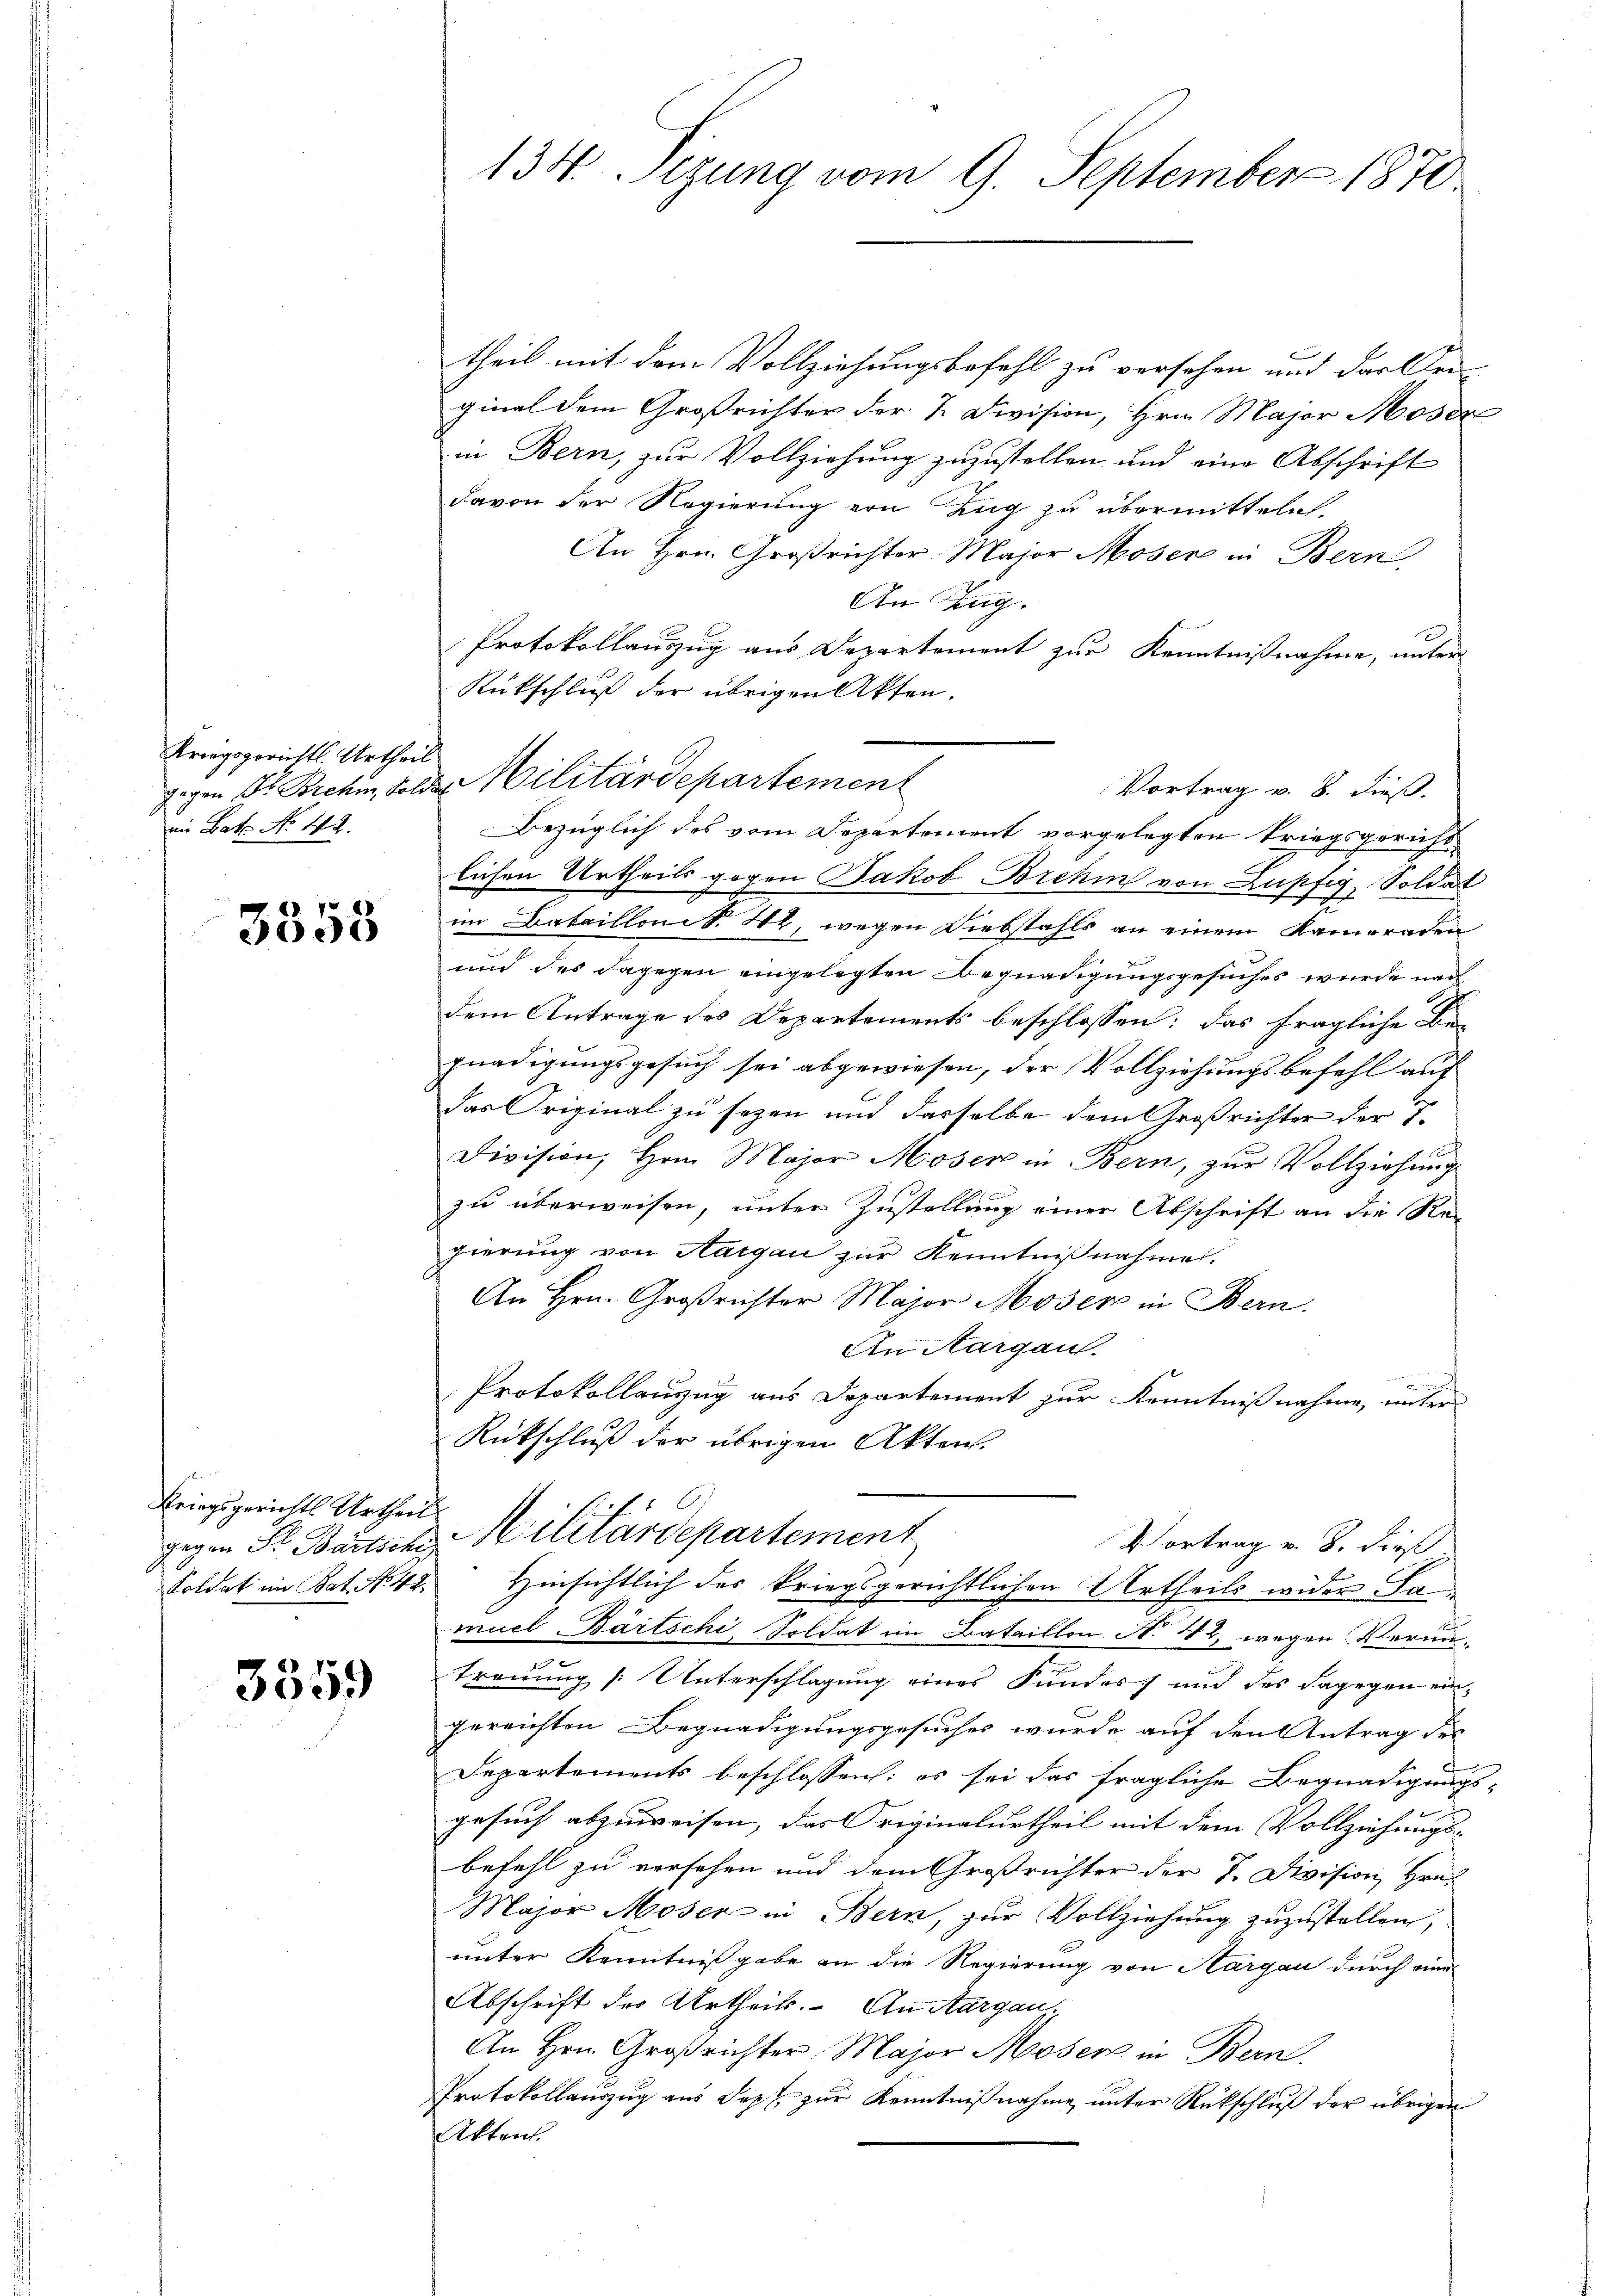
Kriegsgerichts Urtheil
gegen Dr. Brehm, Solde
die Bat. No 442.

3358

Kriegsgerichts Urtheil
Soldat im Sat. No. 49

3359

134. Sizung vom 9. September 1870

theil mit dem Vollziehungsbefehl zu versehen und das Sei-
ginal dem Großrichter der 2. Division, Hrn. Major Moser
in Bern, zur Vollziehung zuzustellen und eine Abschrift
davon der Regierung von Zug zu übermitteln.
An Hrn. Großrichter. Major Moser in Bern,
An Zug.
Protokollauszug aus Departement zur Kenntnißnahme, unter-
Rückschluß der übrigen Akten.
Vortrag v. 8. dieß.
Bezüglich des vom Departement vorgelegten Kriegsgericht
lichen Urtheils gegen Jakob Brehin von Lupfig, Soldat
im Batailloni S. 42, wegen Diebstahls an einem Kameraden
und des dagegen eingelegten Begnadigungsgesuches wurde nach
dem Antrage des Departements beschlossen: das fragliche Be-
gnadigungsgesuch sei abgewiesen, der Vollziehungsbefehl auf
das Original zu sezen und dasselbe dem Großrichter der 1.
Division, Hrn. Major Moser in Bern, zur Vollziehung
zu überweisen, unter Zustellung einer Abschrift an die Rei
gierung von Aargau zur Kenntnißnahme.
An Hrn. Großrichter Major Moser in Bern.
An Aargau.
Protokollauzug aus Departement zur Kenntnißnahme, unter
Rückschluß der übrigen Akten.
gegen Fr. Bartsche Militärdepartement
Vortrag v. 8. dieß
Hinsichtlich des kriegsgerichtlichen Urtheils wider Lan
muel Bartschi, Soldat im Bataillon N. 42, wegen Vermu¬
Trennung (: Unterschlagung eines Fundes und des dagegen eingereichten Begnadigungsgesuches wurde auf den Antrag des
Departements beschlossen: es sei das fragliche Begnadigungs
gesuch abzuweisen, das Originalurtheil mit dem Vollziehungs- |
befehl zu versehen und dem Großrichter der 7. Division, Hrn.
Major Moser in Bern, zur Vollziehung zuzustellen,
unter Kenntnißgabe an die Regierung von Aargau durch eine
Abschrift der Urtheil. An Aargau.
An Hrn. Großrichter Major Moser in Bern.
Protokollauszug aus Sept. zur Kenntnißnahme unter Rückschluß der übrigen
Akten.

Militärdepartement